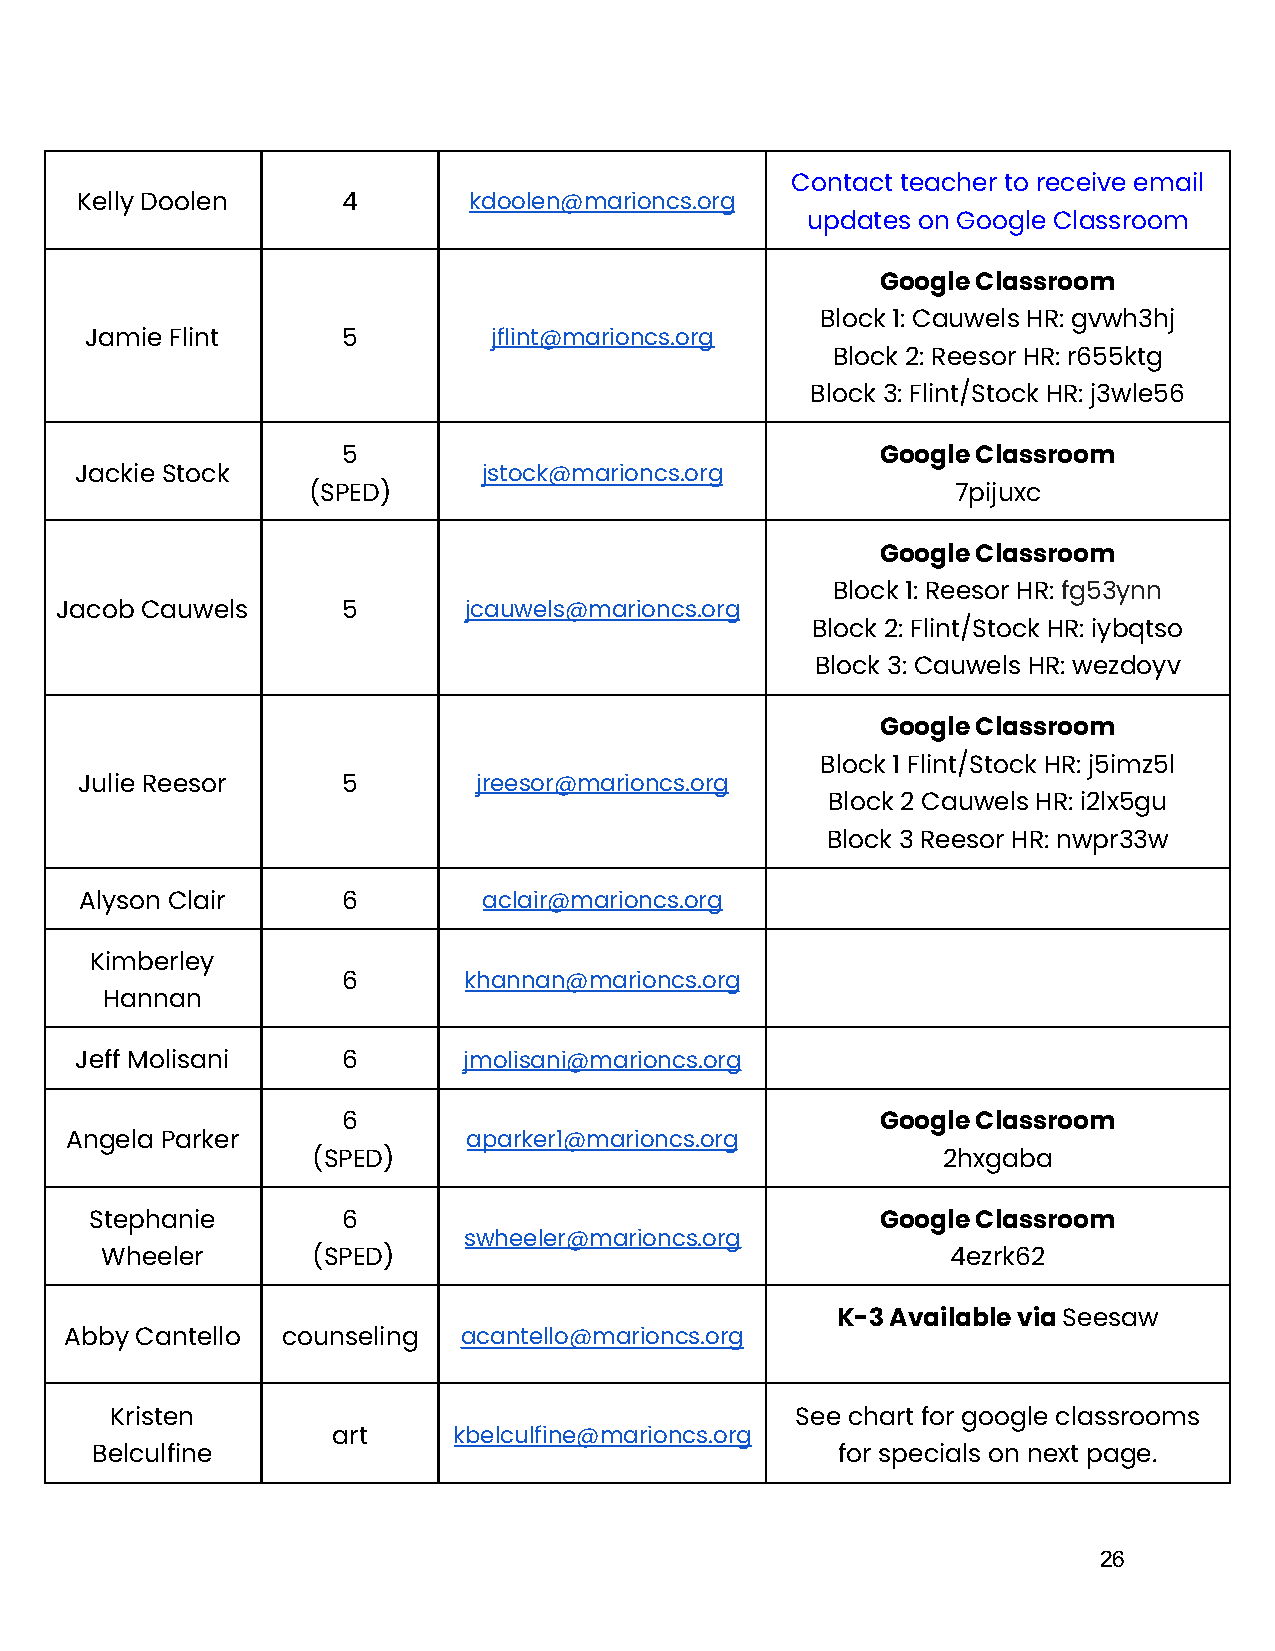
Contact teacher to receive email
 Kelly Doolen      4       kdoolen@marioncs.org
 updates on Google Classroom
 Google Classroom
 Block 1: Cauwels HR: gvwh3hj
 Jamie Flint      5         jflint@marioncs.org
 Block 2: Reesor HR: r655ktg
 Block 3: Flint/Stock HR: j3wle56
 5                                  Google Classroom
 Jackie Stock               jstock@marioncs.org
 (SPED)                                     7pijuxc
 Google Classroom
 Block 1: Reesor HR: fg53ynn
 Jacob Cauwels      5       jcauwels@marioncs.org
 Block 2: Flint/Stock HR: iybqtso
 Block 3: Cauwels HR: wezdoyv
 Google Classroom
 Block 1 Flint/Stock HR: j5imz5l
 Julie Reesor      5        jreesor@marioncs.org
 Block 2 Cauwels HR: i2lx5gu
 Block 3 Reesor HR: nwpr33w
 Alyson Clair      6        aclair@marioncs.org
 Kimberley
 6       khannan@marioncs.org
 Hannan
 Jeff Molisani     6       jmolisani@marioncs.org
 6                                  Google Classroom
 Angela Parker              aparker1@marioncs.org
 (SPED)                                   2hxgaba
 Stephanie        6                                  Google Classroom
 swheeler@marioncs.org
 Wheeler       (SPED)                                    4ezrk62
 K-3 Available viaSeesaw
 Abby Cantello  counseling  acantello@marioncs.org
 Kristen                                       See chart for google classrooms
 art     kbelculfine@marioncs.org
 Belculfine                                       for specials on next page.
 26